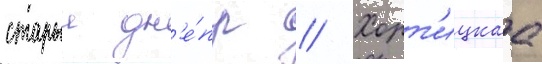
старыи дн'е́пр // Хорт'ицкаа